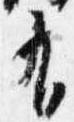
有